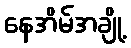
နေအိမ်အချို့